Jaan_Tonisson_(Lasteleht), lk 130
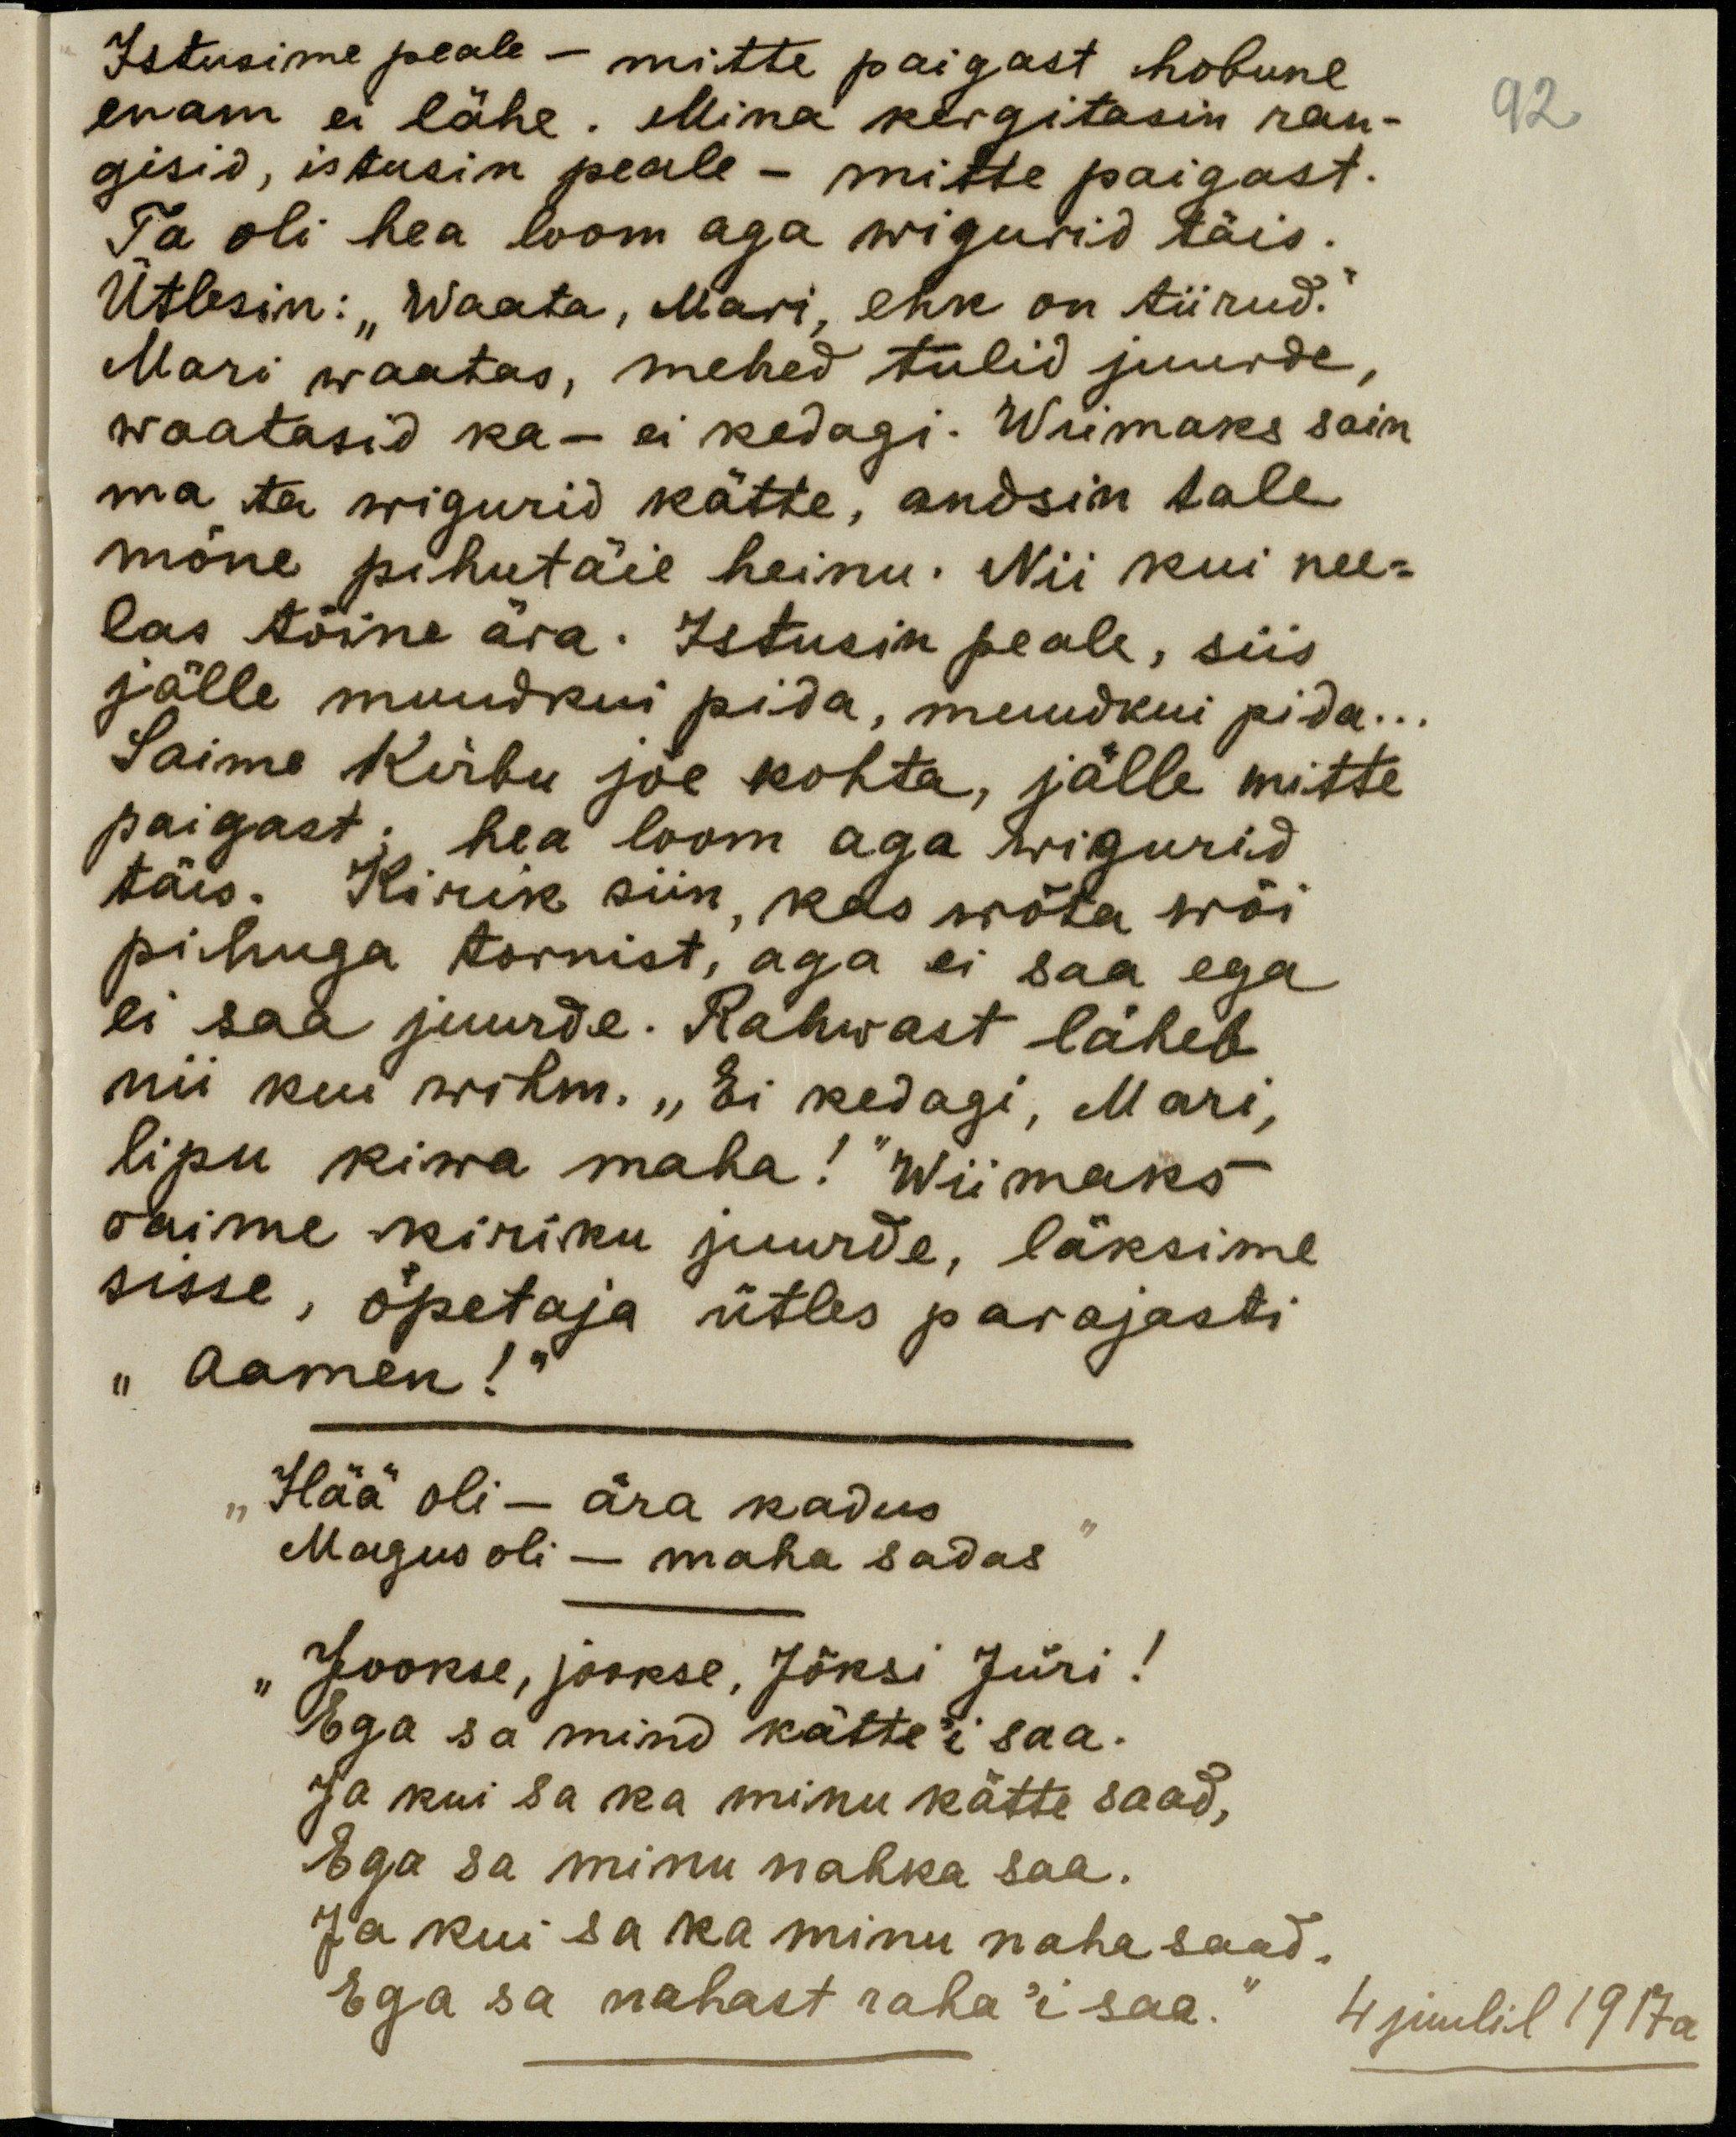
Istusime peale - mitte paigast hobune
enam ei lähe. Mina kergitasin ran-
gisid, istusin peale - mitte paigast.
Ta oli hea loom aga wigurid täis.
Ütlesin: "Waata, Mari, ehk on tiirud."
Mari waatas, mehed tulid juurde,
waatasid ka - ei kedagi. Wiimaks sain
ma ta wigurid kätte, andsin tale
mõne pihutäie heinu. Nii kui nee-
las tõime ära. Istusin peale, siis
jälle muudkui pida, muudkui pida . . .
Saime Kirbu jõe kohta, jälle mitte
paigast; hea loom aga wigurid
täis. Kirik siin, kas wõta wõi
pihuga tornist, aga ei saa ega
ei saa juurde. Rahwast läheb
nii kui wihm. "Ei kedagi, Mari,
lipu kiwa maha!" Wiimaks
saime kiriku juurde, läksime
sisse, õpetaja ütles parajasti
"aamen!"
"Hää oli - ära kadus
Magus oli - maha sadas"
Jookse, jookse, Jõnsi Jüri!
Ega sa mind kätte ei saa.
Ja kui sa ka minu kätte saad,
Ega sa minu nahka saa.
Ja kui sa ka minu naha saad.
Ega sa nahast raha 'i saa."
92
4 juulil 1917a